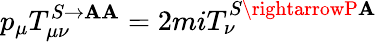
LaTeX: p_{\mu}T_{\mu\nu}^{S\rightarrow\mathbf{A}\mathbf{A}}=2miT_{\nu}^{S\rightarrowP\mathbf{A}}